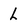
Character: L